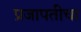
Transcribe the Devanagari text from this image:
प्रजापतीचा